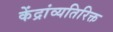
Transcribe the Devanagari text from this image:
केंद्रांव्यतिरिक्त